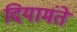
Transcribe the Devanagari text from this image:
दियामंते